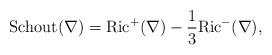
LaTeX: \begin{align*}\mathrm{Schout}(\nabla)=\mathrm{Ric}^{+}(\nabla)-\frac{1}{3}\mathrm{Ric}^{-}(\nabla),\end{align*}